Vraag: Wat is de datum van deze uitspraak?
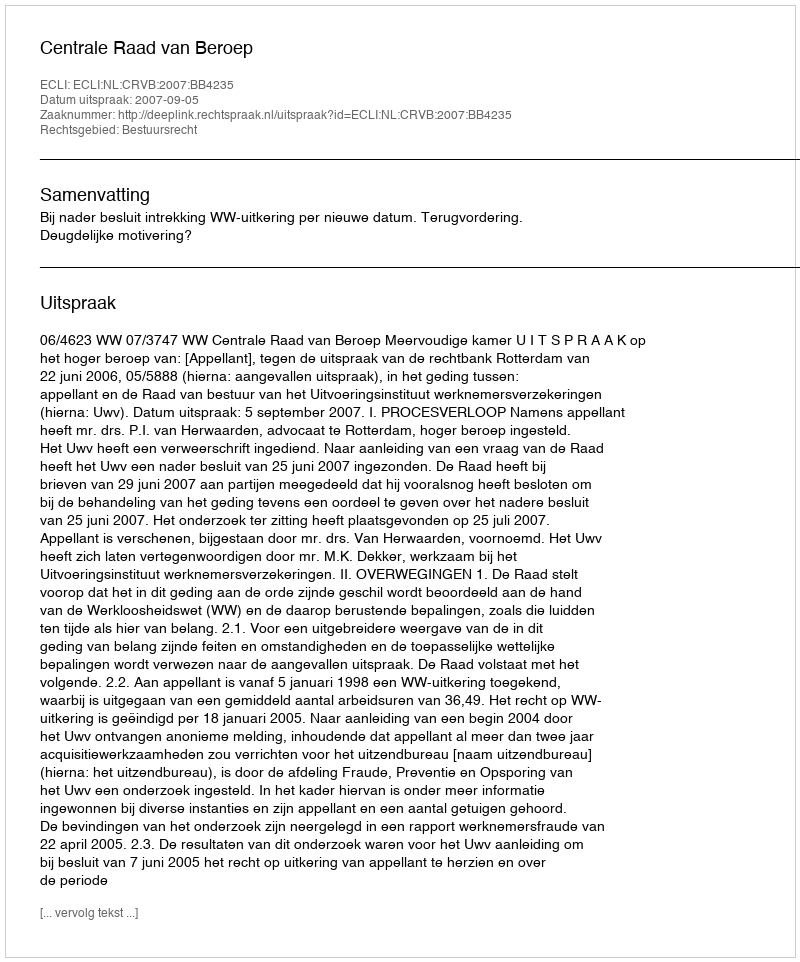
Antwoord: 2007-09-05